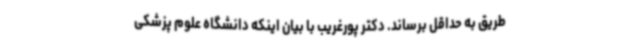
طریق به حداقل برساند. دکتر پورغریب با بیان اینکه دانشگاه علوم پزشکی